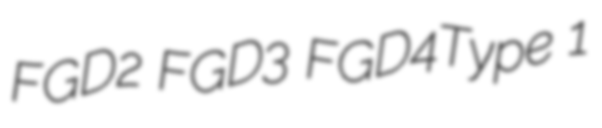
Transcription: FGD2 FGD3 FGD4Type 1